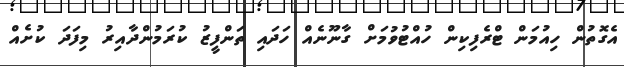
އެގޮތުން ހިއުމަން ޓްރެފިކިން ހުއްޓުވުމަށް ގާނޫނެއް ހަދައި ތަންފީޒު ކުރަމުންދާއިރު މިފަދަ ކުށެއް